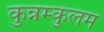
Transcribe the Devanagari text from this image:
कुन्नम्कुलम